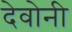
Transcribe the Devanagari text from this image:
देवोनी